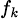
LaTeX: \scriptstyle f_{k}